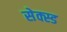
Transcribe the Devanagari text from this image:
सेक्स्ड